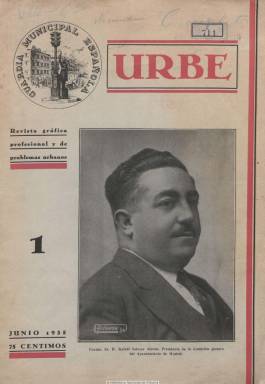
Título: Urbe (Madrid)
Colección: Fuerzas del orden || Administración local
Ámbito geográfico: Madrid
Lugar de publicación: Madrid
Fechas: 06/06/1935-11/12/1935

Con el subtítulo “revista gráfica profesional de información urbana”, es una publicación corporativa de la policía municipal española que, con periodicidad mensual, aparece en junio de 1935, con la intención de defender “los intereses de la ciudad” (el ornato, la higiene o la salubridad de lo urbano). Sus entregas son de veinte páginas, con una cubierta impresa a dos tintas, ilustrada con retratos de autoridades municipales y gubernamentales, del fotógrafo Alfonso. Publica reportajes de la policía urbana de varias provincias, como las de Madrid, Ciudad Real y Cuenca, acompañados de numerosas fotografías no sólo de sus plantillas y jefes, sino también de vistas de las poblaciones y edificios consistoriales, y también de la de algún país extranjero. Ofrece semblanzas biográficas de sus jefes, información, noticias y algún artículo sobre el homenaje y desfile brindado a la policía urbana de Madrid, así como de accidentes de tráfico, bandos, distinciones y felicitaciones, nombramientos, necrológicas, disposiciones oficiales, haciendas locales y otros asuntos varios de carácter municipal. Dedica especial atención a informar sobre la Asociación Mutua de Policía Urbana Española, de la que sin duda fue portavoz. La colección de la Biblioteca Nacional de España abarca hasta el número 7, de diciembre de 1935. Se desconoce si continuó publicándose.